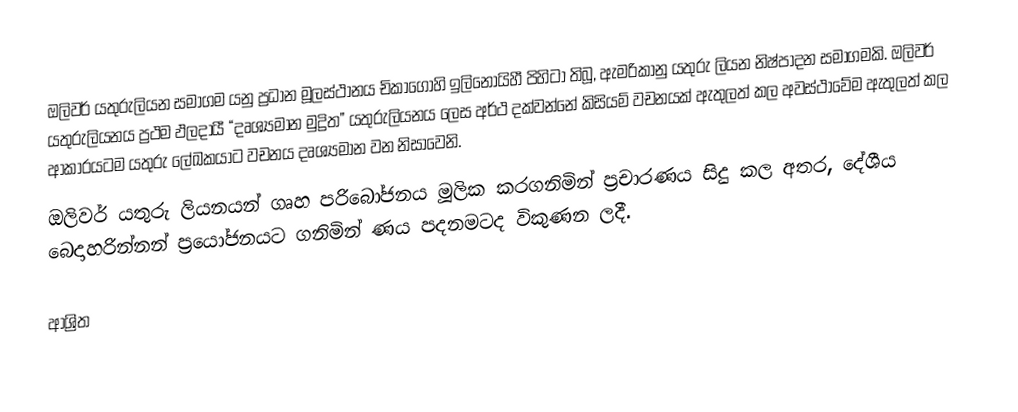
ඔලිවර් යතුරුලියන සමාගම යනු ප්‍රධාන මූලස්ථානය චිකාගෝහි ඉලිනෝයිහී පිහිටා තිබූ, ඇමරිකානු යතුරු ලියන නිෂ්පාදන සමාගමකි. ඔලිවර් යතුරුලියනය ප්‍රථම ඵලදායී “දෘශ්‍යමාන මුද්‍රිත” යතුරුලියනය ලෙස අර්ථ දක්වන්නේ කිසියම් වචනයක් ඇතුලත් කල අවස්ථාවේම ඇතුලත් කල ආකාරයටම යතුරු ලේඛකයාට වචනය දෘශ්‍යමාන වන නිසාවෙනි.
ඔලිවර් යතුරු ලියනයන් ගෘහ පරිබෝජනය මූලික කරගනිමින් ප්‍රචාරණය සිදු කල අතර, දේශීය බෙදාහරින්නන් ප්‍රයෝජනයට ගනිමින් ණය පදනමටද විකුණන ලදී.

ආශ්‍රිත